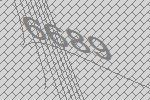
6689